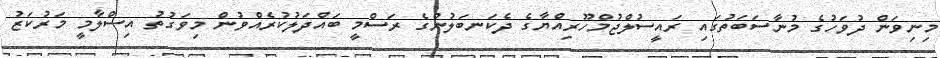
މިނިވަން ދުވަހުގެ މުނާސަބަތުގައި ރައީސުލްޖުމްހޫރިއްޔާގެ ދެކަނބަލުންގެ ރަސްމީ ބައްދަލުކުރެއްވުން މިވަގުތު އިސްލާމީ މަރުކަޒު